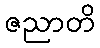
ဇညာတိ